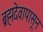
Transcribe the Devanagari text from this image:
ब्रह्मदेवापासून